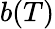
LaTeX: b(T)